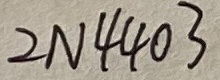
Text: 2N4403